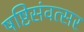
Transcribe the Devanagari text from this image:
षष्टिसंवत्सर